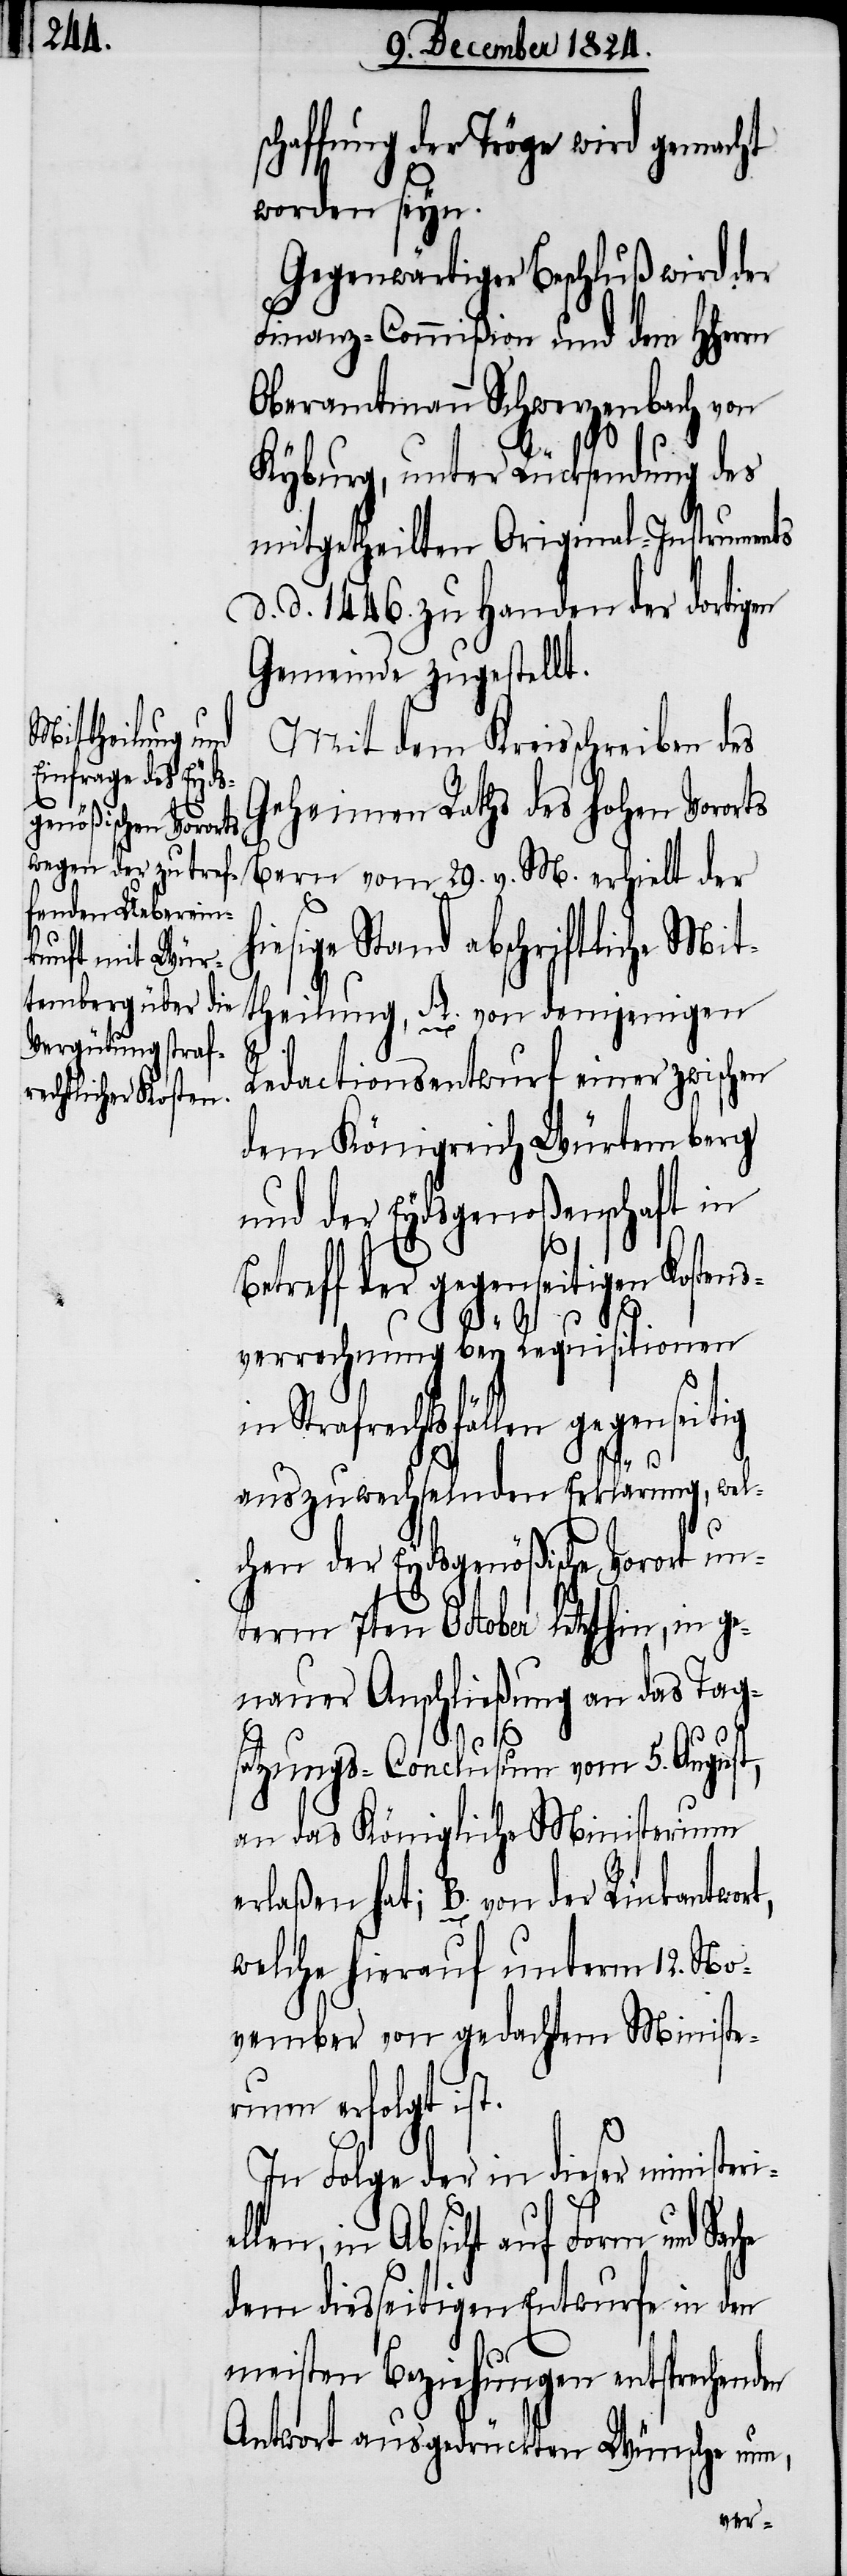
affung der Tröge wird gemacht
worden seyn.
Gegenwärtiger Beschluß wird der
Finanz-Commißion und dem HHerrn
Oberamtmann Schwerzenbach von
Kyburg, unter Rücksendung des
mitgetheilten Original-Instruments
d. d. 1446. zu Handen der dortigen
Gemeinde zugestellt.
Mit dem Kreisschreiben des
Geheimen Raths des hohen Vororts
esige Stand abschriftliche Mit¬
theilung, A. von demjenigen
che
Redactionsentwurf einer zwischen
dem Königreich Würtemberg
und der Eydsgenoßenschaft in
Betreff der gegenseitigen Kostens¬
v. M.
verrechnung bey Requisitionen
Strafrechtsfällen gegenseitig
auszuwechselnden Erklärung, wel¬
chen der Eydsgenößische Vorort un¬
term 7ten October letzthin, in ge¬
nauer Anschließung an das Tag¬
29.
satzungs-Conclusum vom 5. August,
an das Königliche Ministerium
erlaßen hat; B. von der Rückantwo¬
welcher hierauf unterm 12. No¬
vember von gedachtem Ministe¬
rium erfolgt ist.
In Folge der in dieser ministeri¬
len, in Absicht auf Form und Sa¬
dem diesseitigen Entwurfe in den
meisten Beziehungen entsprechenden
Antwort ausgedrückten Wünsche nun,